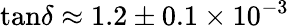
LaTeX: \tan\! \delta\approx 1.2\pm 0.1\times 10^{-3}